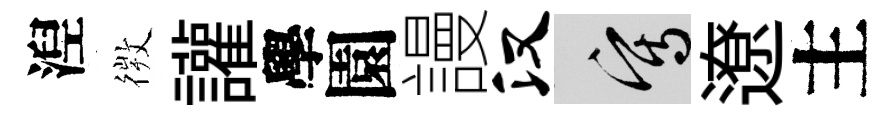
湼𢕄讙學園謾汉寫遼主